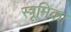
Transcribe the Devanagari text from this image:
स्त्रूमिका